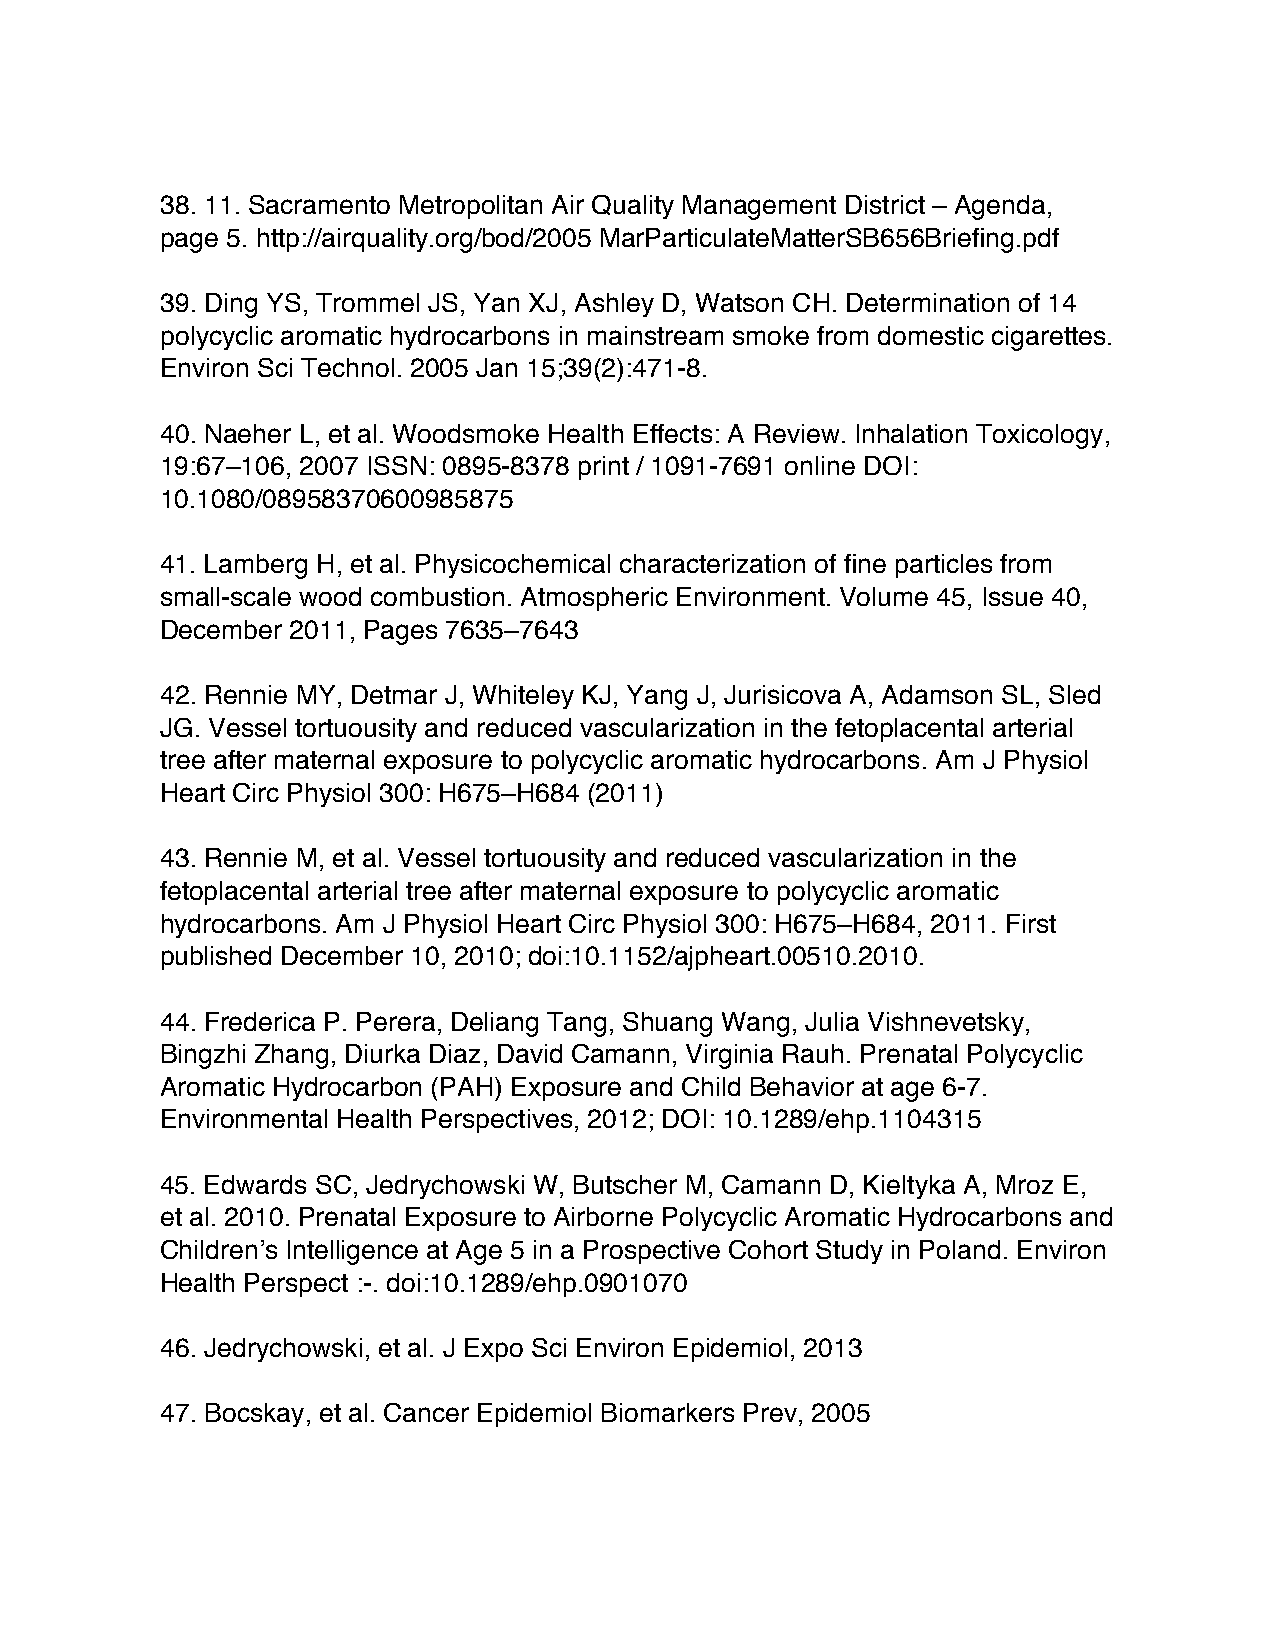
38. 11. Sacramento Metropolitan Air Quality Management District – Agenda,
 page 5. http://airquality.org/bod/2005 MarParticulateMatterSB656Briefing.pdf
 39. Ding YS, Trommel JS, Yan XJ, Ashley D, Watson CH. Determination of 14
 polycyclic aromatic hydrocarbons in mainstream smoke from domestic cigarettes.
 Environ Sci Technol. 2005 Jan 15;39(2):471-8.
 40. Naeher L, et al. Woodsmoke Health Effects: A Review. Inhalation Toxicology,
 19:67–106, 2007 ISSN: 0895-8378 print / 1091-7691 online DOI:
 10.1080/08958370600985875
 41. Lamberg H, et al. Physicochemical characterization of fine particles from
 small-scale wood combustion. Atmospheric Environment. Volume 45, Issue 40,
 December 2011, Pages 7635–7643
 42. Rennie MY, Detmar J, Whiteley KJ, Yang J, Jurisicova A, Adamson SL, Sled
 JG. Vessel tortuousity and reduced vascularization in the fetoplacental arterial
 tree after maternal exposure to polycyclic aromatic hydrocarbons. Am J Physiol
 Heart Circ Physiol 300: H675–H684 (2011)
 43. Rennie M, et al. Vessel tortuousity and reduced vascularization in the
 fetoplacental arterial tree after maternal exposure to polycyclic aromatic
 hydrocarbons. Am J Physiol Heart Circ Physiol 300: H675–H684, 2011. First
 published December 10, 2010; doi:10.1152/ajpheart.00510.2010.
 44. Frederica P. Perera, Deliang Tang, Shuang Wang, Julia Vishnevetsky,
 Bingzhi Zhang, Diurka Diaz, David Camann, Virginia Rauh. Prenatal Polycyclic
 Aromatic Hydrocarbon (PAH) Exposure and Child Behavior at age 6-7.
 Environmental Health Perspectives, 2012; DOI: 10.1289/ehp.1104315
 45. Edwards SC, Jedrychowski W, Butscher M, Camann D, Kieltyka A, Mroz E,
 et al. 2010. Prenatal Exposure to Airborne Polycyclic Aromatic Hydrocarbons and
 Children’s Intelligence at Age 5 in a Prospective Cohort Study in Poland. Environ
 Health Perspect :-. doi:10.1289/ehp.0901070
 46. Jedrychowski, et al. J Expo Sci Environ Epidemiol, 2013
 47. Bocskay, et al. Cancer Epidemiol Biomarkers Prev, 2005